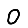
Digit: 0